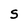
Character: S